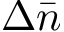
\Delta \bar { n }